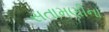
સતામણીના